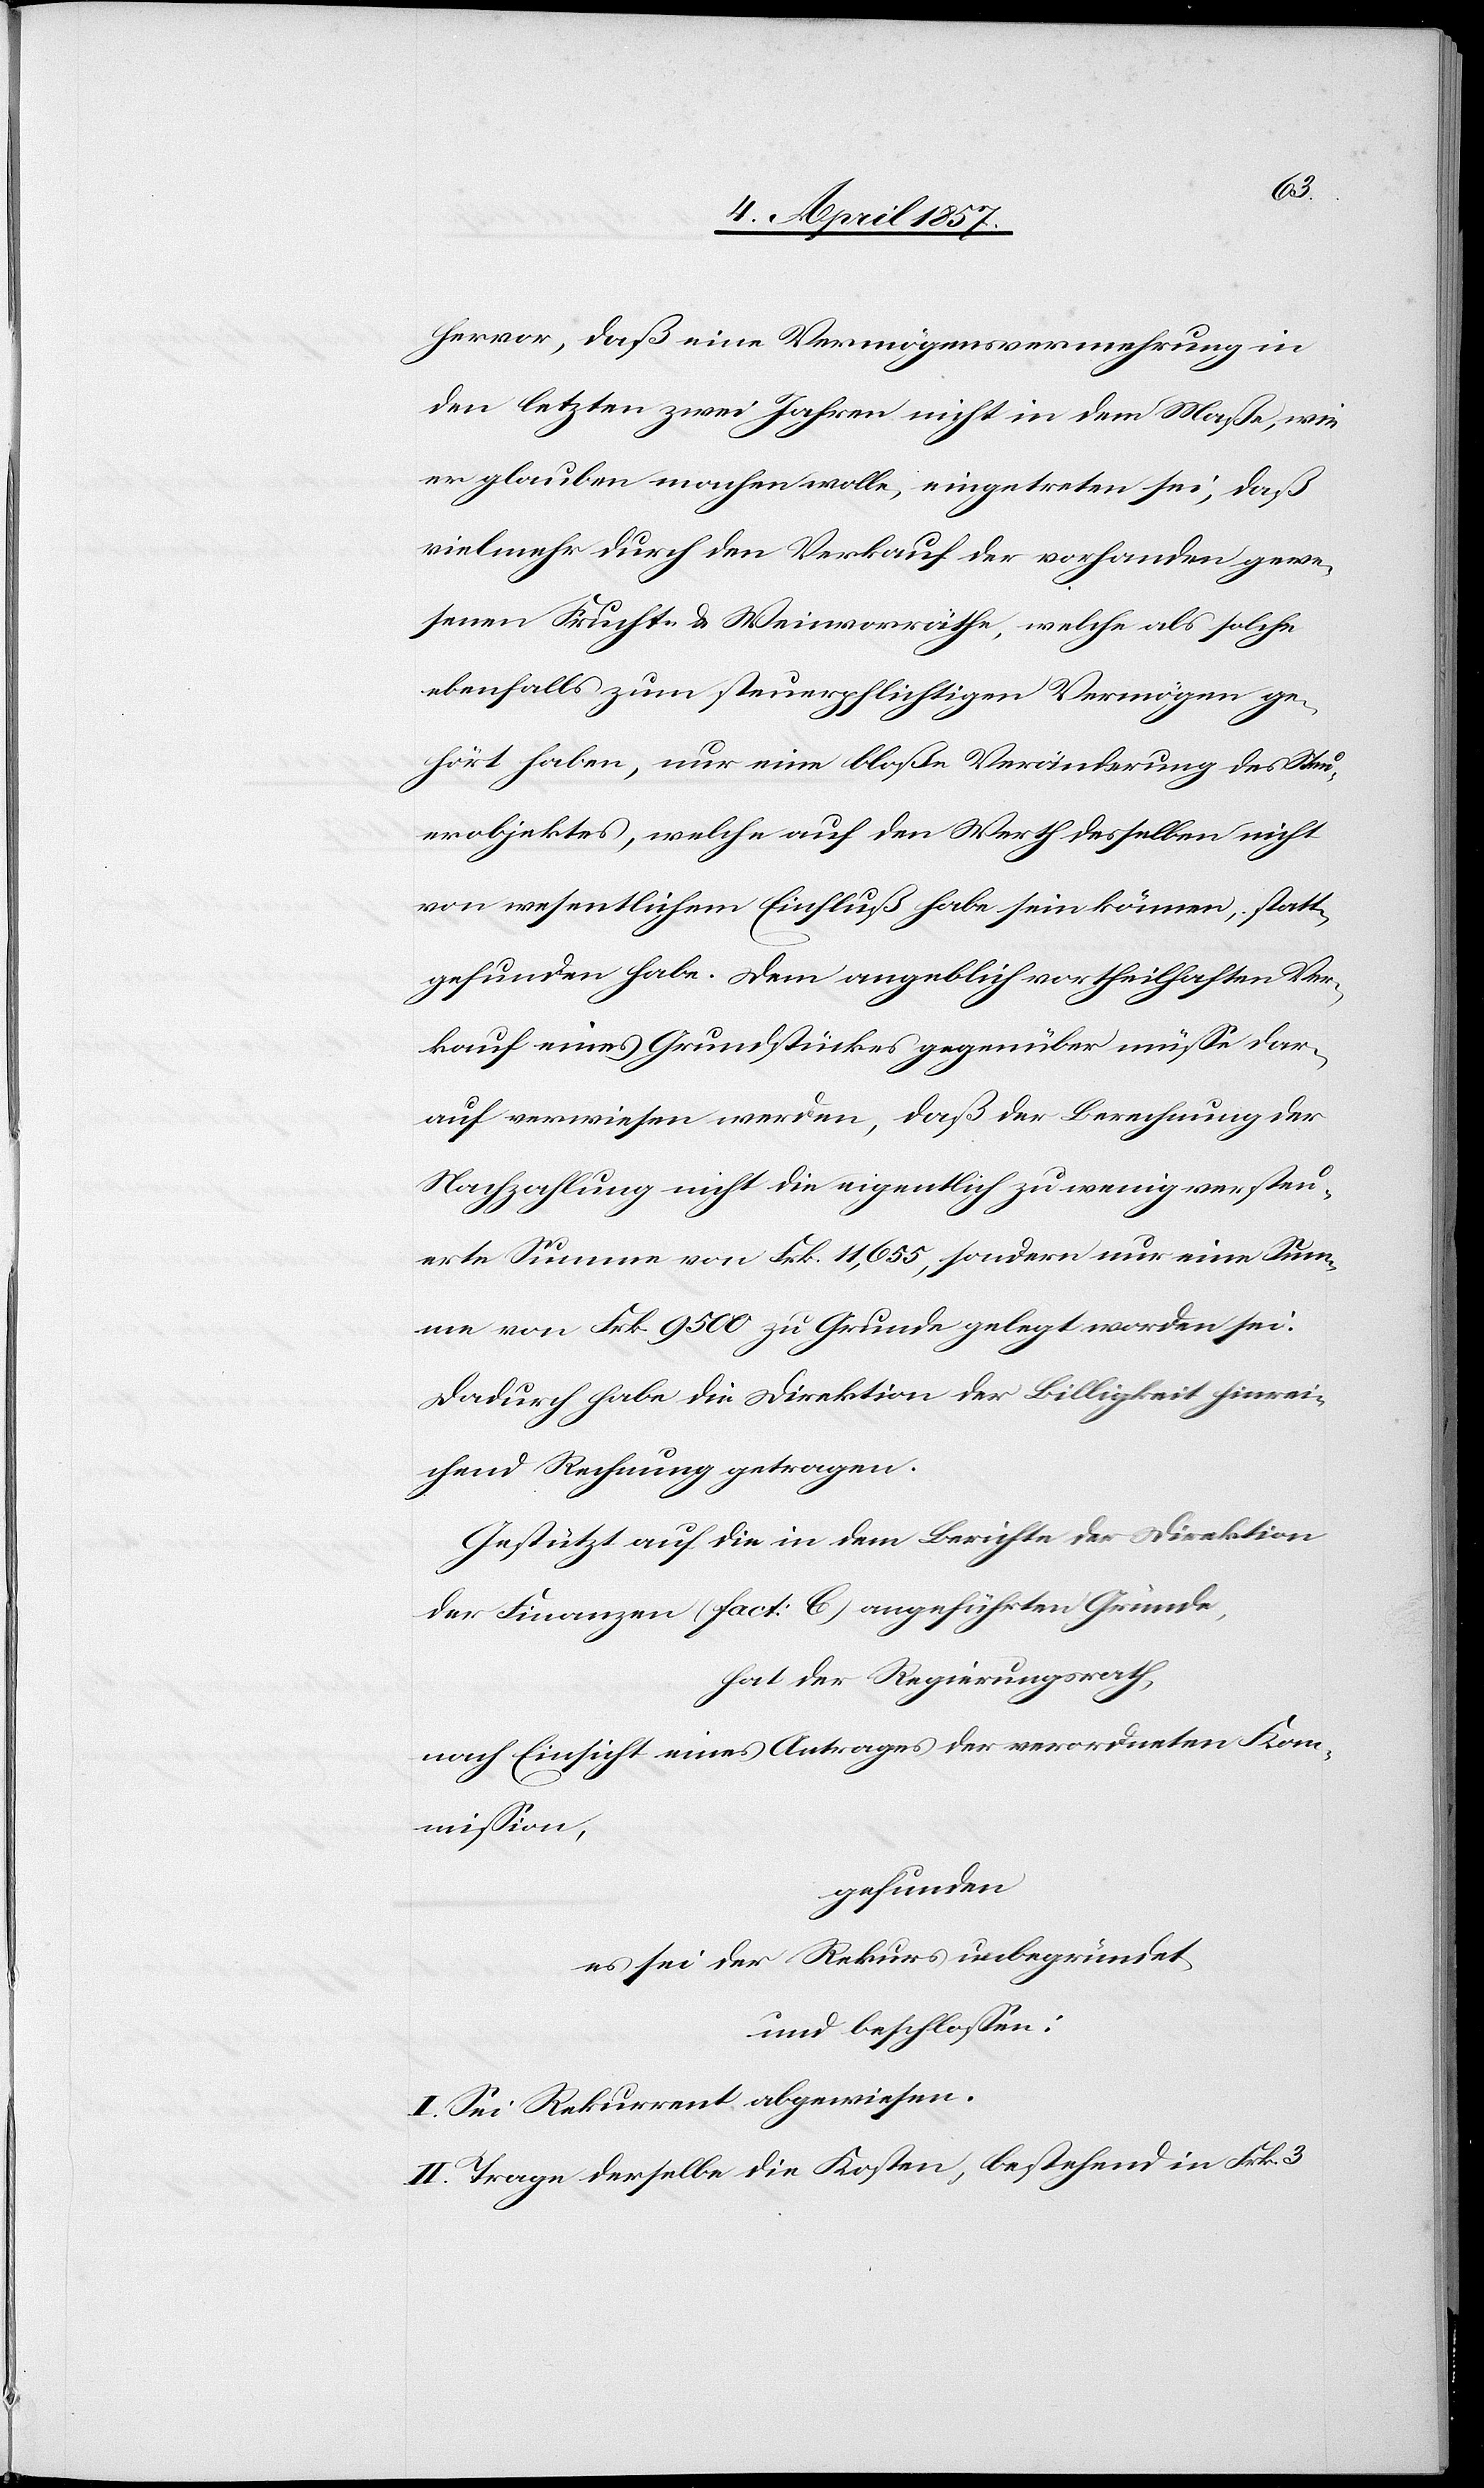
hervor, daß eine Vermögensvermehrung in
den letzten zwei Jahren nicht in dem Maße, wie
er glauben machen wolle, eingetreten sei, daß
vielmehr durch den Verkauf der vorhanden gewe¬
senen Frucht- & Weinvorräthe, welche als solche
ebenfalls zum steuerpflichtigen Vermögen ge¬
hört haben, nur eine bloße Veränderung des Steu¬
erobjektes, welche auf den Werth desselben nicht
von wesentlichem Einfluß habe sein können; statt¬
gefunden habe. Dem angeblich vortheilhaften Ver¬
kauf eines Grundstückes gegenüber müsse dar¬
auf verwiesen werden, daß der Berechnung der
Nachzahlung nicht die eigentlich zu wenig versteu¬
erte Summe von Frk. 11,655, sondern nur eine Sum¬
me von Frk. 9500 zu Grunde gelegt worden sei.
Dadurch habe die Direktion der Billigkeit hinrei¬
chend Rechnung getragen.
Gestützt auf die in dem Berichte der Direktion
der Finanzen (fact: C) angeführten Gründe,
hat der Regierungsrath,
nach Einsicht eines Antrages der verordneten Kom¬
mission,
gefunden
es sei der Rekurs unbegründet
und beschlossen:
I. Sei Rekurrent abgewiesen.
II. Trage derselbe die Kosten, bestehend in Frk. 3